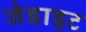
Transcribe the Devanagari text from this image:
जेडाइट